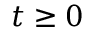
t \geq 0